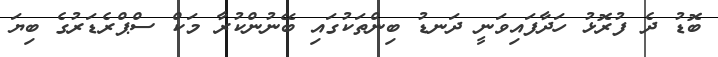
ބޮޑު ދެ ފުރޮޅު ހަދާފައިވަނީ ދަނޑު ބިންތަކުގައި ބޭނުންކުރާ މަކް ސްޕްރެޑަރުގެ ބިޔަ